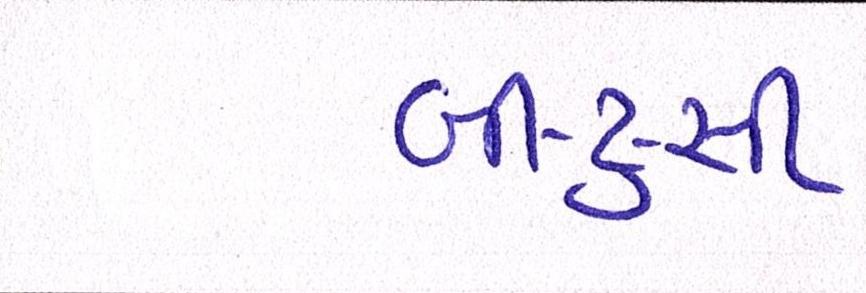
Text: બી-ટુ-સી